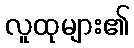
လူထုများ၏